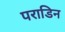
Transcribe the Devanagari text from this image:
पराडिन